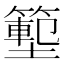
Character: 𭐃